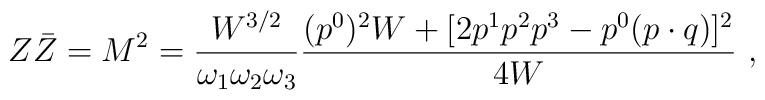
Z\bar Z=M^2=  \frac{W^{3/2}}{\omega_1\omega_2\omega_3}\frac{(p^0)^2W+[2p^1p^2p^3 - p^0 ( p\cdot q)]^2}{4W} \ ,